Civil Veterinary Dept. Bombay admin report 1923-31 - 1923-1931
Year: 1923
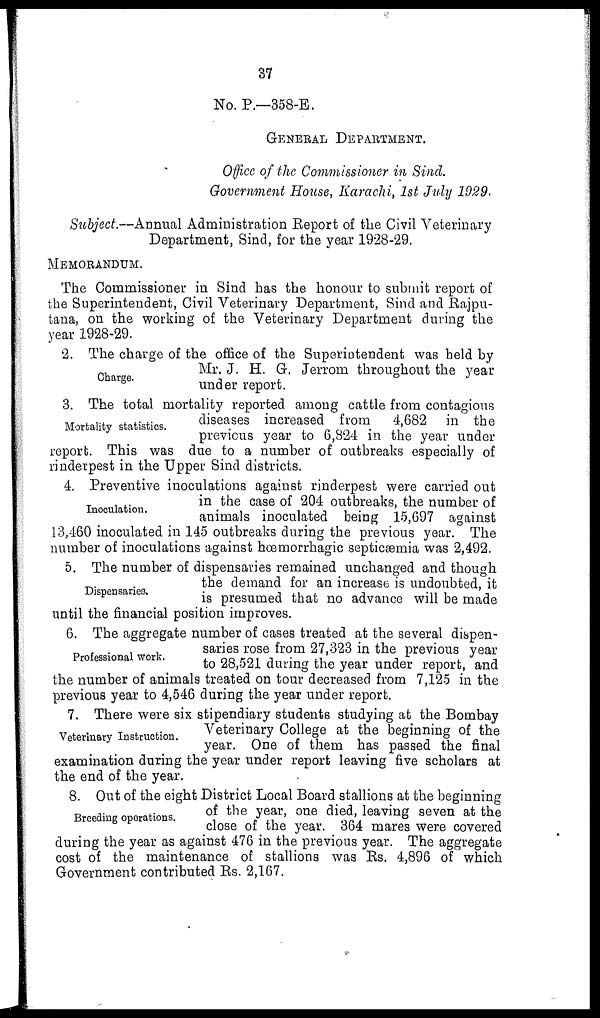
37
No. P.—358-E.
GENERAL DEPARTMENT.
Office of the Commissioner in Sind.
Government House, Karachi, 1st July 1929.
Subject.—Annual Administration Report of the Civil Veterinary
Department, Sind, for the year 1928-29.
MEMORANDUM.
The Commissioner in Sind has the honour to submit report of
the Superintendent, Civil Veterinary Department, Sind and Rajpu-
tana, on the working of the Veterinary Department during the
year 1928-29.
Charge.
2. The charge of the office of the Superintendent was held by
Mr. J. H. G. Jerrom throughout the year
under report.
Mortality statistics.
3. The total mortality reported among cattle from contagious
diseases increased from
4,682 in the
previous year to 6,824 in the year under
report. This was due to a number of outbreaks especially of
rinderpest in the Upper Sind districts.
Inoculation.
4. Preventive inoculations against rinderpest were carried out
in the case of 204 outbreaks, the number of
animals inoculated being 15,697 against
13,460 inoculated in 145 outbreaks during the previous year. The
number of inoculations against hœmorrhagic septicæmia was 2,492.
Dispensaries.
5. The number of dispensaries remained unchanged and though
the demand for an increase is undoubted, it
is presumed that no advance will be made
until the financial position improves.
Professional work.
6. The aggregate number of cases treated at the several dispen-
saries rose from 27,323 in the previous year
to 28,521 during the year under report, and
the number of animals treated on tour decreased from 7,125 in the
previous year to 4,546 during the year under report.
Veterinary Instruction.
7. There were six stipendiary students studying at the Bombay
Veterinary College at the beginning of the
year. One of them has passed the final
examination during the year under report leaving five scholars at
the end of the year.
Breeding operations.
8. Out of the eight District Local Board stallions at the beginning
of the year, one died, leaving seven at the
close of the year. 364 mares were covered
during the year as against 476 in the previous year. The aggregate
cost of the maintenance of stallions was Rs. 4,896 of which
Government contributed Rs. 2,167.